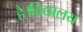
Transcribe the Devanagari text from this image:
है।विद्यालय